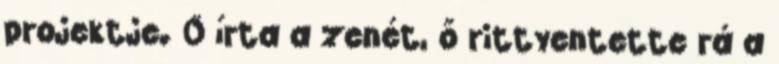
projektje. Ő írta a zenét, ő rittyentette rá a